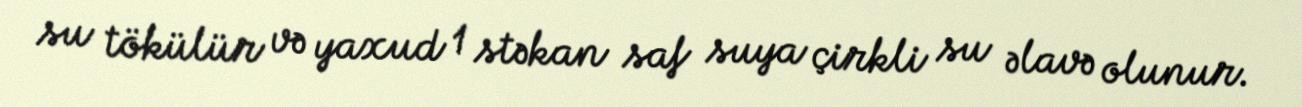
su tökülür və yaxud 1 stəkan saf suya çirkli su əlavə olunur.